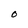
Character: O